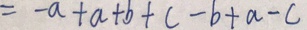
= - a + a + b + c - b + a - c